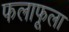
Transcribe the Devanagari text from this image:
फलाफूला